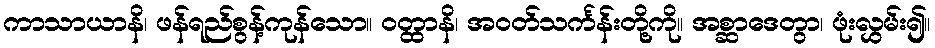
ကာသာယာနိ၊ ဖန်ရည်စွန့်ကုန်သော။ ဝတ္ထာနိ၊ အဝတ်သင်္ကန်းတို့ကို။ အစ္ဆာဒေတွာ၊ ဖုံးလွှမ်း၍။